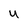
Character: U